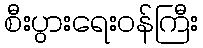
စီးပွားရေးဝန်ကြီး